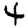
Digit: 4